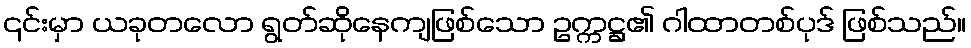
၎င်းမှာ ယခုတလော ရွတ်ဆိုနေကျဖြစ်သော ဥက္ကဋ္ဌ၏ ဂါထာတစ်ပုဒ် ဖြစ်သည်။